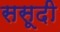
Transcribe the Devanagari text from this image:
ससूदी